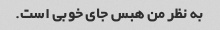
به نظر من هبس جای خوبی است.